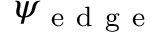
\psi _ { \mathrm { ~ e ~ d ~ g ~ e ~ } }